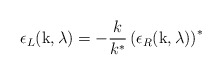
\begin{align*}\epsilon_L (\mbox{k}, \lambda) = - \frac{k}{k^*} \left( \epsilon_R (\mbox{k}, \lambda)\right)^*\end{align*}